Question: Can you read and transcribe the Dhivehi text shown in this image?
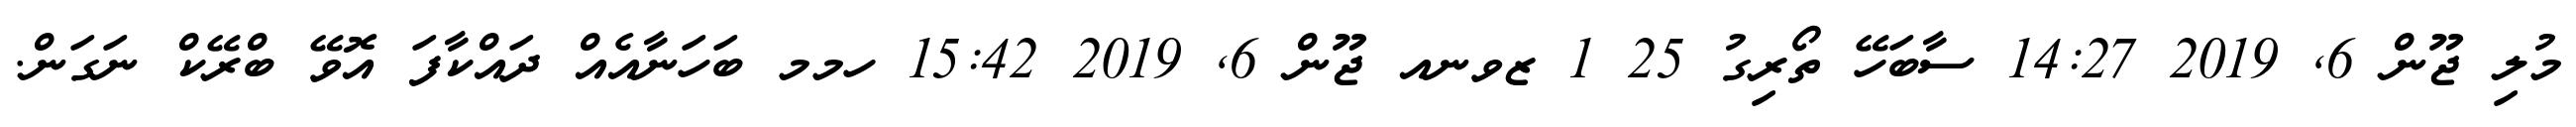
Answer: މުލި ޖޫން 6, 2019 14:27 ސާބަހޭ ތޯރިގު 25 1 ޒވނއ ޖޫން 6, 2019 15:42 ހމމ ބަހަނާއެއް ދައްކާފަ އޮވޭ ބްރޭކް ނަގަން.